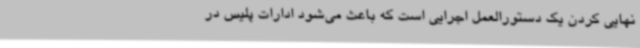
نهایی کردن یک دستورالعمل اجرایی است که باعث می‌شود ادارات پلیس در